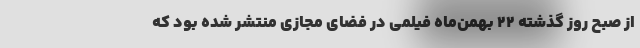
از صبح روز گذشته ۲۲ بهمن‌ماه فیلمی در فضای مجازی منتشر شده بود که